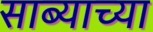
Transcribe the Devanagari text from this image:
साब्याच्या